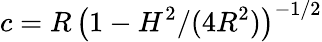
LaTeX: c=R\, \big(1-H^{2}/(4R^{2})\big)^{-1/2}